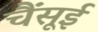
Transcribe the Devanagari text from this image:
चैंसूई